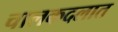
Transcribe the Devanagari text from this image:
चालकदलात